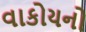
વાકોયનો